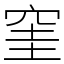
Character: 窐